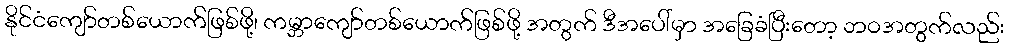
နိုင်ငံကျော်တစ်ယောက်ဖြစ်ဖို့၊ ကမ္ဘာကျော်တစ်ယောက်ဖြစ်ဖို့ အတွက် ဒီအပေါ်မှာ အခြေခံပြီးတော့ ဘဝအတွက်လည်း